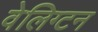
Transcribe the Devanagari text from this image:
वेलिग्टन